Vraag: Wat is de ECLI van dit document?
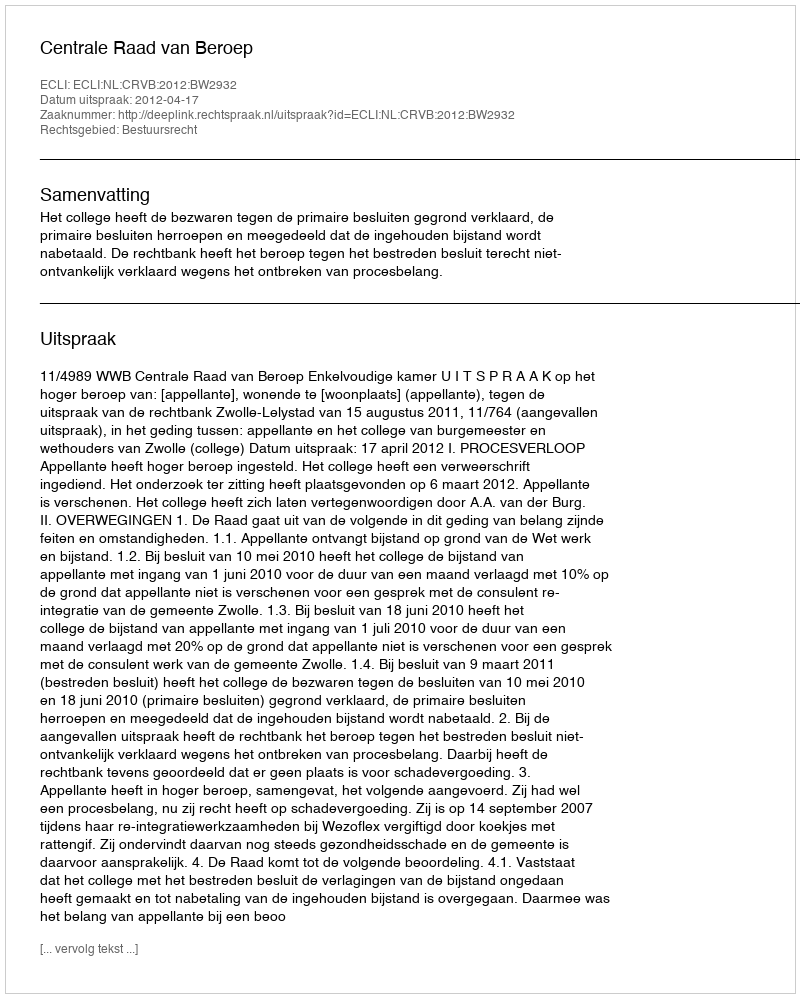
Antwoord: ECLI:NL:CRVB:2012:BW2932